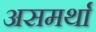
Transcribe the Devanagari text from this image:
असमर्था